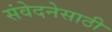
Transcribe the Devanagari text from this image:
संवेदनेसाठी